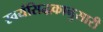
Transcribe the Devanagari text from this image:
स्वयंसिद्धकानुसारी